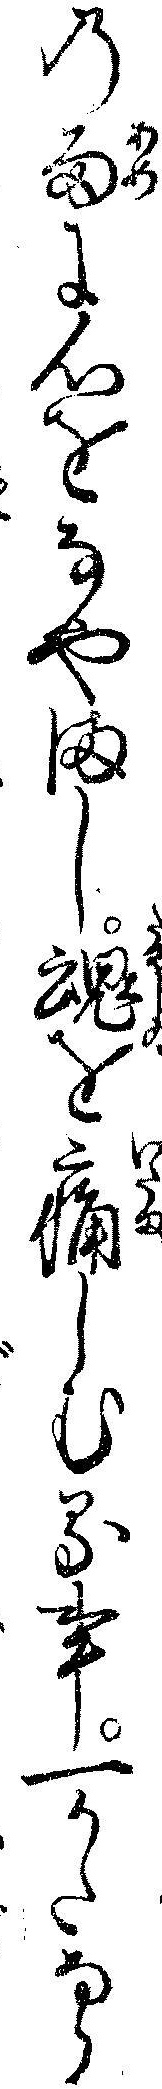
の雨に心をなやまし魂を痛しむる事一かたなら